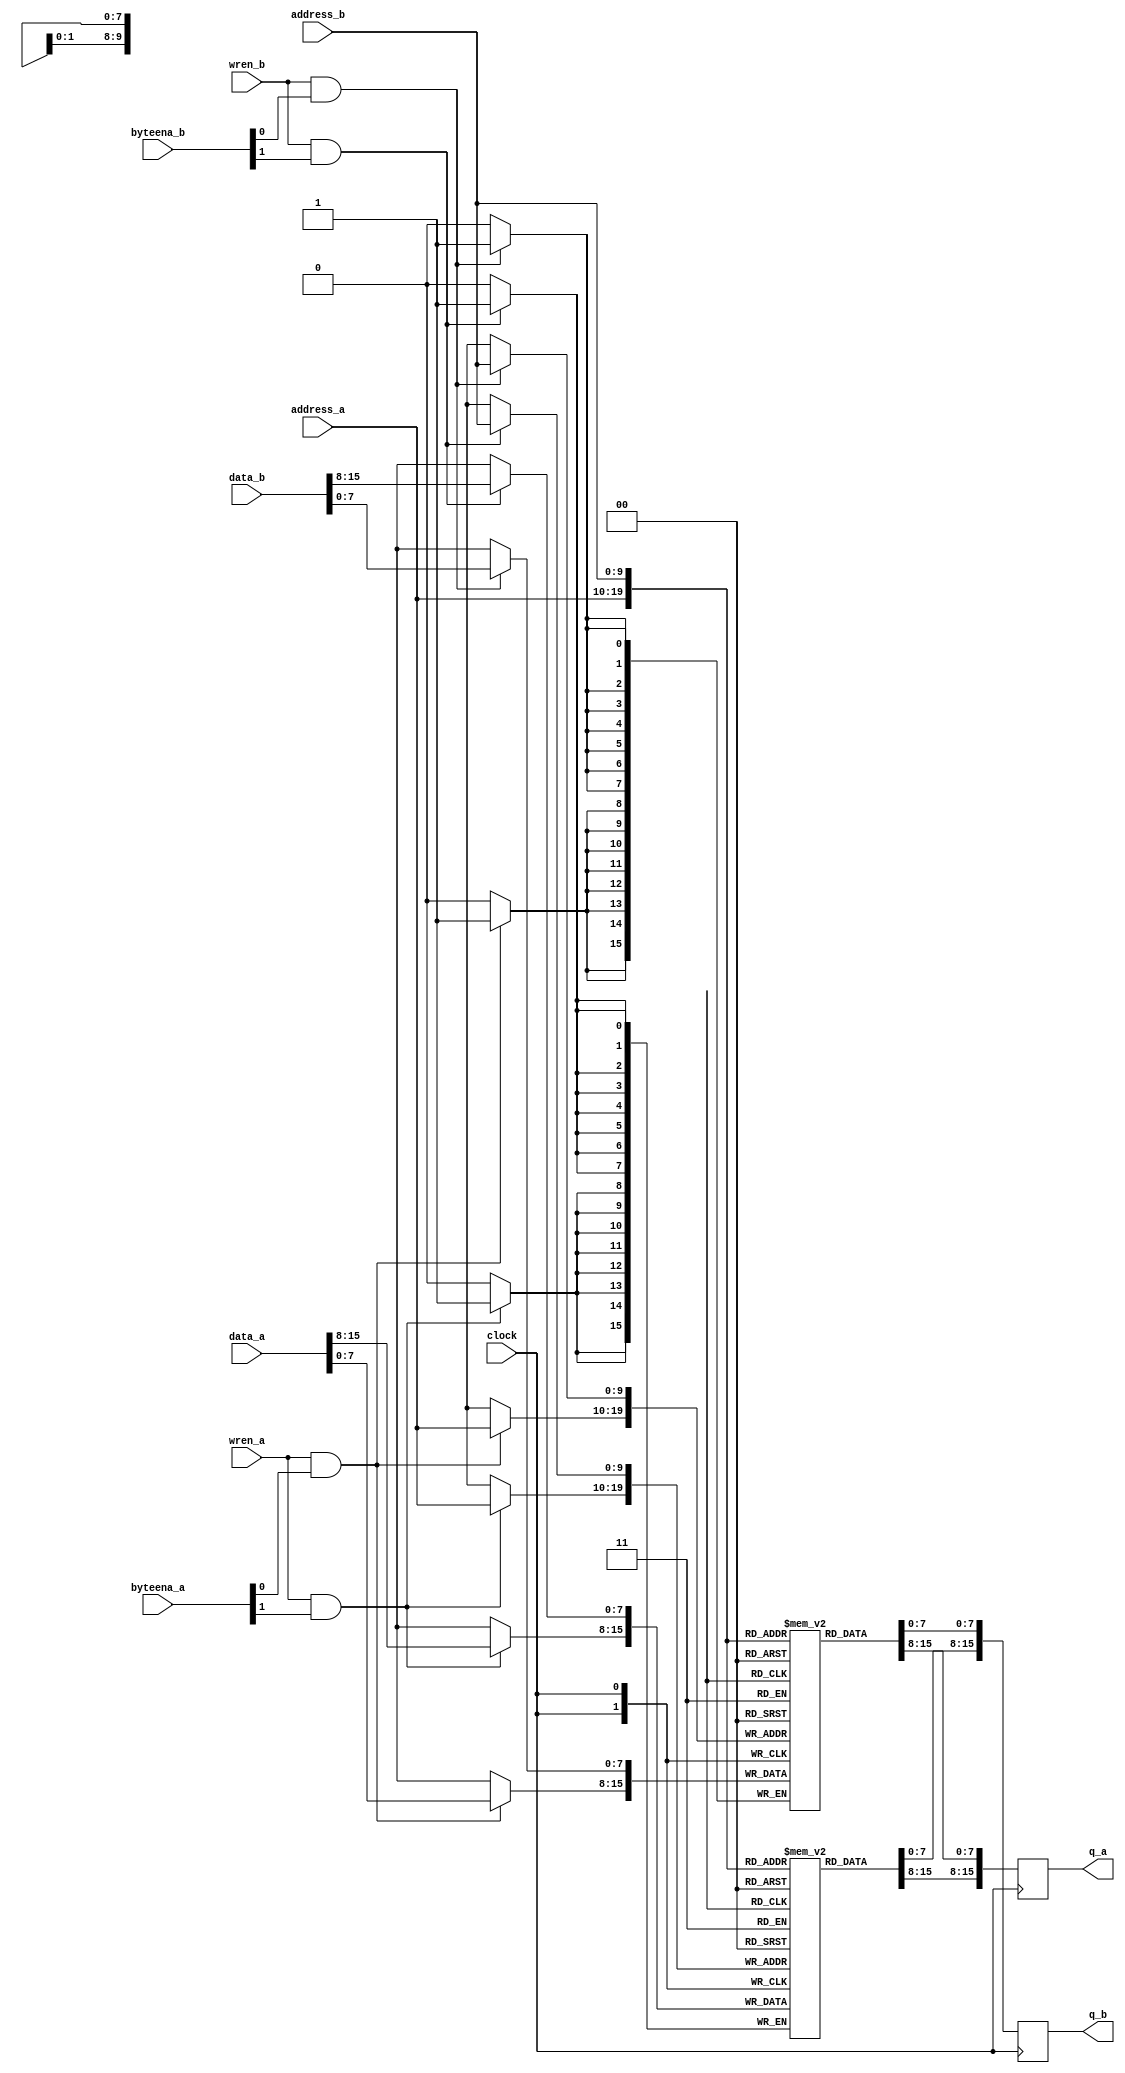
// This program was cloned from: https://github.com/rkrajnc/minimig-mist
// License: GNU General Public License v3.0

// dpram_inf_be_1024x16.v
// 2015, rok.krajnc@gmail.com
// inferrable two-port memory with byte-enables

module dpram_inf_be_1024x16 (
  input  wire           clock,
  input  wire           wren_a,
  input  wire [  2-1:0] byteena_a,
  input  wire [ 10-1:0] address_a,
  input  wire [ 16-1:0] data_a,
  output reg  [ 16-1:0] q_a,
  input  wire           wren_b,
  input  wire [  2-1:0] byteena_b,
  input  wire [ 10-1:0] address_b,
  input  wire [ 16-1:0] data_b,
  output reg  [ 16-1:0] q_b
);

// memory
reg [8-1:0] mem0 [0:1024-1];
reg [8-1:0] mem1 [0:1024-1];

// port a
always @ (posedge clock) begin
  if (wren_a && byteena_a[0]) mem0[address_a] <= #1 data_a[ 8-1:0];
  if (wren_a && byteena_a[1]) mem1[address_a] <= #1 data_a[16-1:8];
  q_a[ 8-1:0] <= #1 mem0[address_a];
  q_a[16-1:8] <= #1 mem1[address_a];
end

// port b
always @ (posedge clock) begin
  if (wren_b && byteena_b[0]) mem0[address_b] <= #1 data_b[ 8-1:0];
  if (wren_b && byteena_b[1]) mem1[address_b] <= #1 data_b[16-1:8];
  q_b[ 8-1:0] <= #1 mem0[address_b];
  q_b[16-1:8] <= #1 mem1[address_b];
end

endmodule